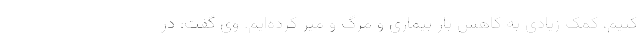
کنیم، کمک زیادی به کاهش بار بیماری و مرگ و میر کرده‌ایم. وی گفت: در